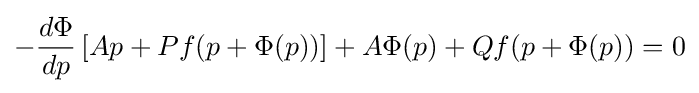
-{\frac {d\Phi }{dp}}\left[Ap+Pf(p+\Phi (p))\right]+A\Phi (p)+Qf(p+\Phi (p))=0